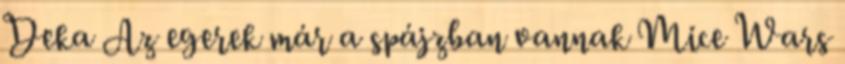
Deka Az egerek már a spájzban vannak Mice Wars